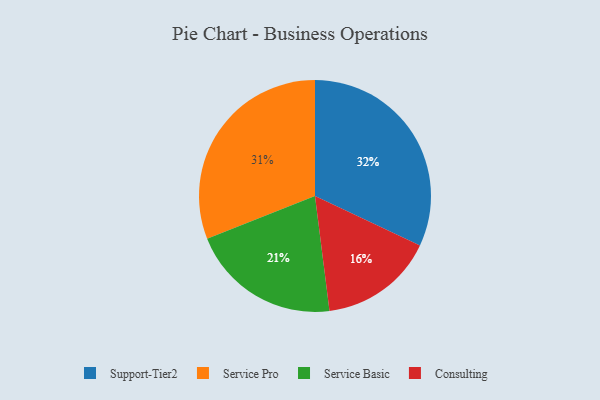
{"axis": {"x": "Category", "y": "Percentage"}, "legend": ["Consulting", "Service Basic", "Service Pro", "Support-Tier2"], "data": [{"x": "Service Basic", "y": 21, "type": "Service Basic"}, {"x": "Support-Tier2", "y": 32, "type": "Support-Tier2"}, {"x": "Service Pro", "y": 31, "type": "Service Pro"}, {"x": "Consulting", "y": 16, "type": "Consulting"}]}